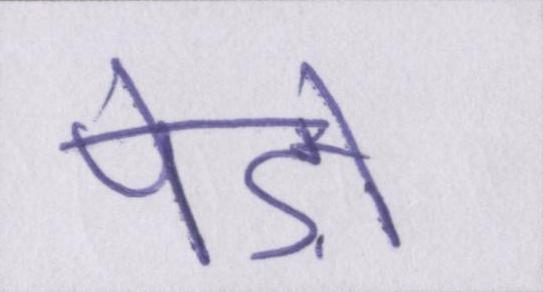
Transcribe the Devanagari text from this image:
पेड़ों